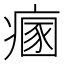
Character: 𤹁